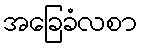
အခြေခံလစာ